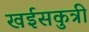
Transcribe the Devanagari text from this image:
खईसकुत्री